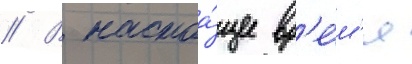
// В настоа́щее вр'е́м'я